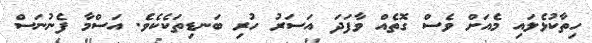
ހިތާކުޅެލައި މެއަށް ވެސް ގޮތެއް ވާފަދަ އަސަރު ހުރި ބަނޑިތަކެކެވެ. އަސްމާ ފެނުނަސް